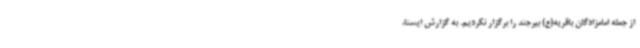
از جمله امامزادگان باقریه(ع) بیرجند را برگزار نکردیم. به گزارش ایسنا،